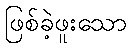
ဖြစ်ခဲ့ဖူးသော